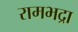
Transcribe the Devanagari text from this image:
रामभद्रा